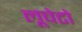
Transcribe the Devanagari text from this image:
लूचेटो